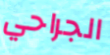
الجراحي